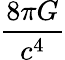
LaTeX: \frac{8\pi G}{c^{4}}